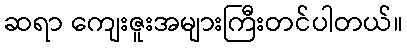
ဆရာ ကျေးဇူးအများကြီးတင်ပါတယ်။